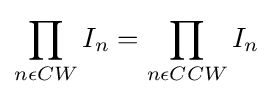
\,\!\prod _{n\epsilon CW}I_{n}=\prod _{n\epsilon CCW}I_{n}